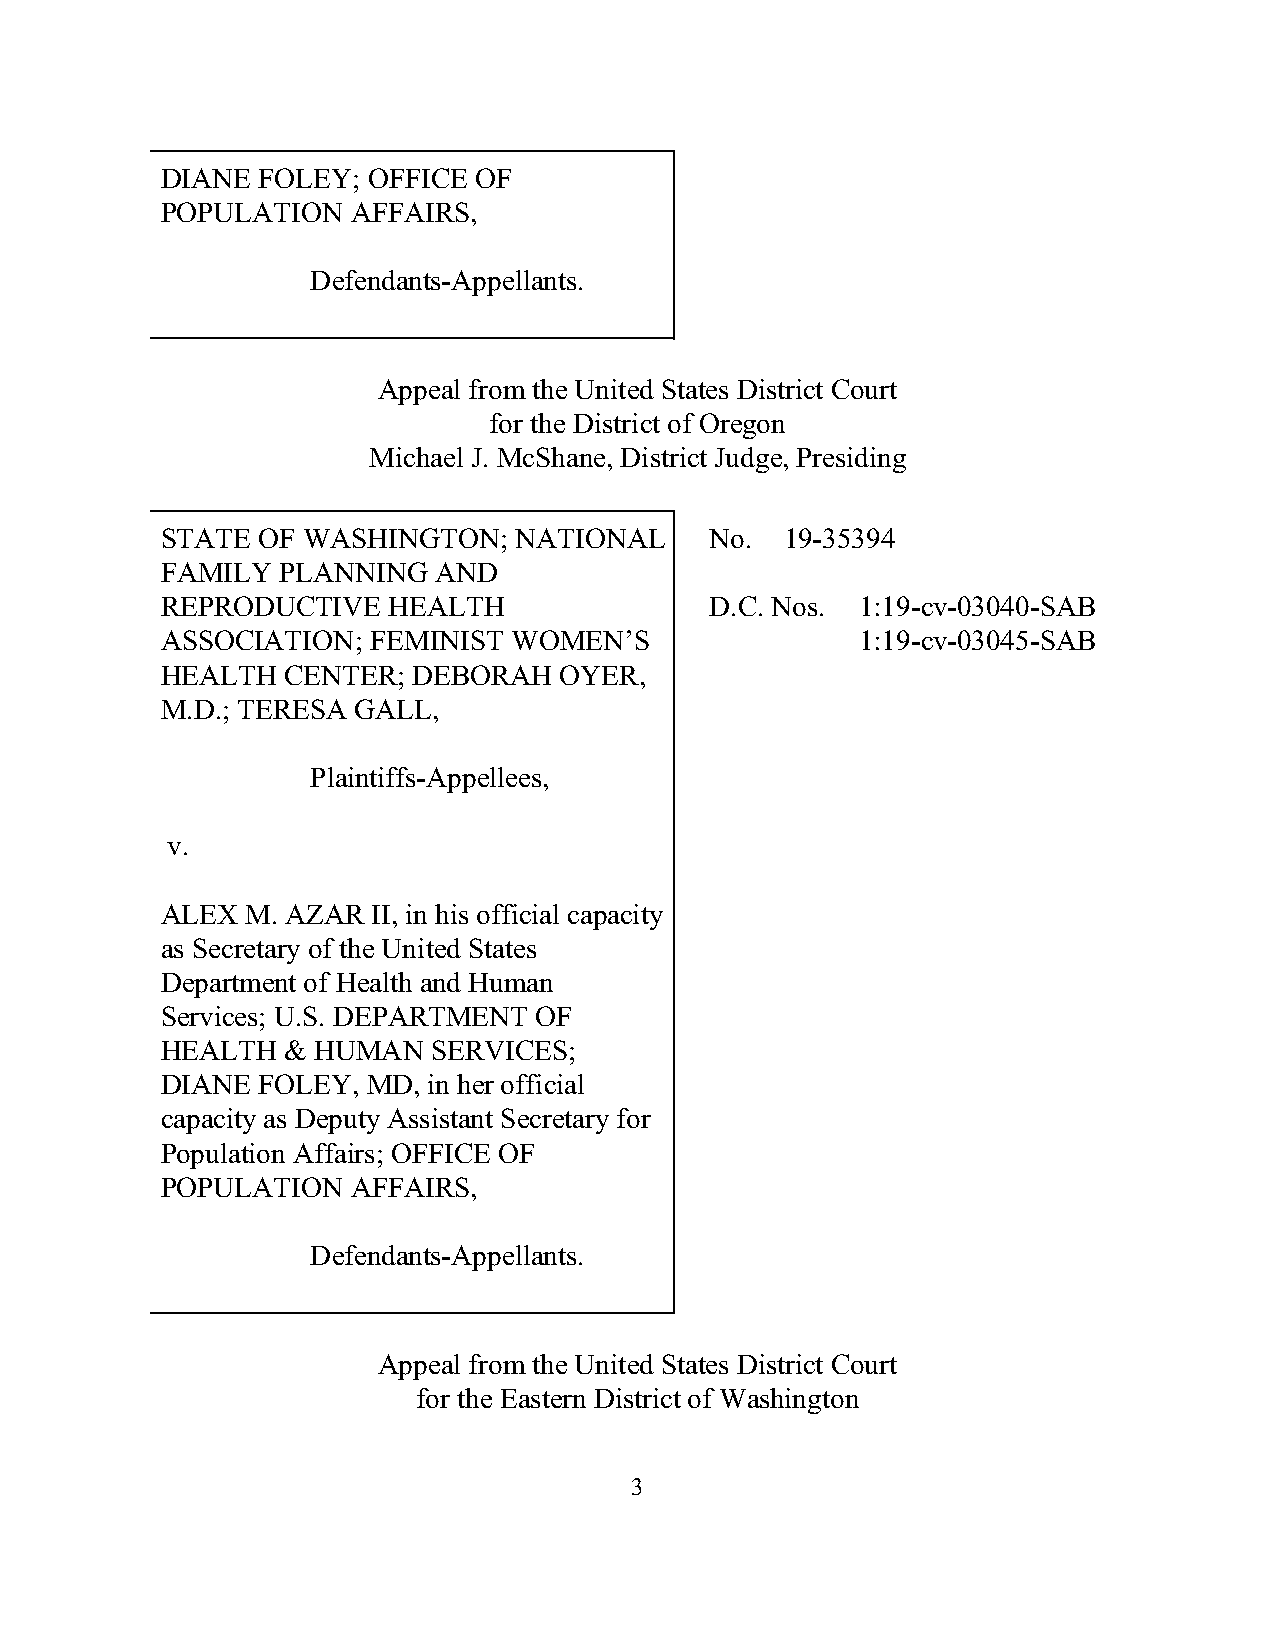
DIANE FOLEY; OFFICE OF
 POPULATION  AFFAIRS,
 Defendants-Appellants.
 Appeal from the United States District Court
 for the District of Oregon
 Michael J. McShane, District Judge, Presiding
 STATE OF WASHINGTON;   NATIONAL     No.  19-35394
 FAMILY PLANNING   AND
 REPRODUCTIVE   HEALTH               D.C. Nos. 1:19-cv-03040-SAB
 ASSOCIATION; FEMINIST  WOMEN’S                1:19-cv-03045-SAB
 HEALTH  CENTER; DEBORAH   OYER,
 M.D.; TERESA GALL,
 Plaintiffs-Appellees,
 v.
 ALEX M. AZAR  II, in his official capacity
 as Secretary of the United States
 Department of Health and Human
 Services; U.S. DEPARTMENT OF
 HEALTH  & HUMAN   SERVICES;
 DIANE FOLEY, MD, in her official
 capacity as Deputy Assistant Secretary for
 Population Affairs; OFFICE OF
 POPULATION  AFFAIRS,
 Defendants-Appellants.
 Appeal from the United States District Court
 for the Eastern District of Washington
 3